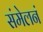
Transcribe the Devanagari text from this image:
संमेलनं